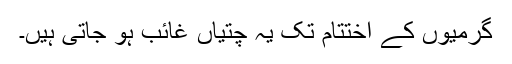
گرمیوں کے اختتام تک یہ چتیاں غائب ہو جاتی ہیں۔